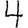
Digit: 4